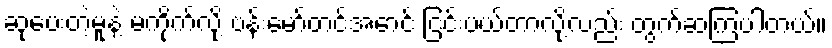
ဆုပေးတဲ့မူနဲ့ မကိုက်လို့ ဗန်းမော်တင်အောင် ငြင်းပယ်တာလို့လည်း တွက်ဆကြပါတယ်။